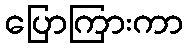
ပြောကြားကာ